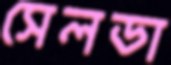
সেলডা